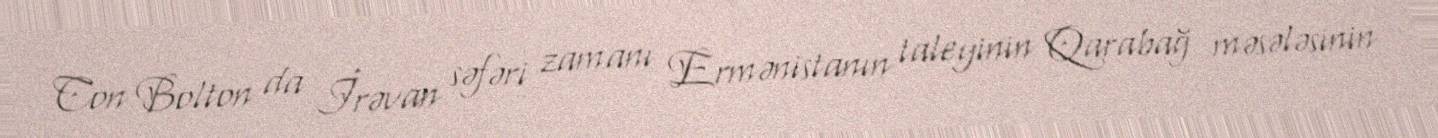
Con Bolton da İrəvan səfəri zamanı Ermənistanın taleyinin Qarabağ məsələsinin